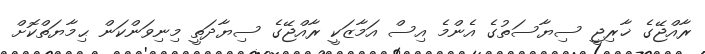
ރާއްޖޭގެ ޚާރިޖީ ސިޔާސަތުގެ އެންމެ އިސް އަމާޒަކީ ރާއްޖޭގެ ސިޔާދަތީ މިނިވަންކަން ޙިމާޔަތްކޮށް